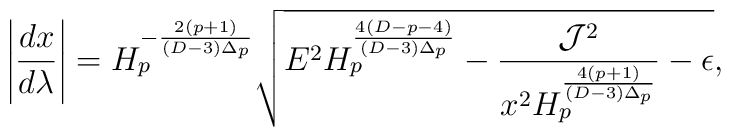
\left|{{dx}\over{d\lambda}}\right|=H^{-{{2(p+1)}\over{(D-3)\Delta_p}}}_p\sqrt{E^2H^{{4(D-p-4)}\over{(D-3)\Delta_p}}_p-{{{\cal J}^2}\over{x^2H^{{4(p+1)}\over{(D-3)\Delta_p}}_p}}-\epsilon},